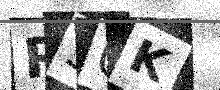
Text: R50K